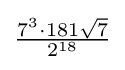
{\tfrac {7^{3}\cdot 181{\sqrt {7}}}{2^{18}}}